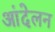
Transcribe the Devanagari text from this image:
आंदेलन